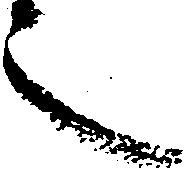
言